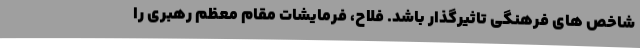
شاخص های فرهنگی تاثیرگذار باشد. فلاح، فرمایشات مقام معظم رهبری را